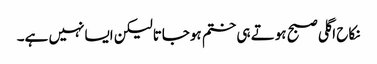
نکاح اگلی صبح ہوتے ہی ختم ہوجاتالیکن ایسانہیں ہے۔